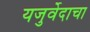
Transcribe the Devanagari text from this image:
यजुर्वेदाचा